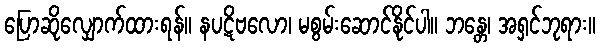
ပြောဆိုလျှောက်ထားရန်။ နပဋိဗလော၊ မစွမ်းဆောင်နိုင်ပါ။ ဘန္တေ၊ အရှင်ဘုရား။